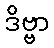
ဒိဗ္ဗာ